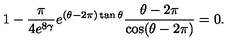
1 - \frac { \pi } { 4 e ^ { 8 \gamma } } e ^ { ( \theta - { 2 \pi } ) \tan \theta } \frac { \theta - { 2 \pi } } { \cos ( \theta - { 2 \pi } ) } = 0 .